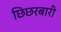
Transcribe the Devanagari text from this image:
छिछरबारी